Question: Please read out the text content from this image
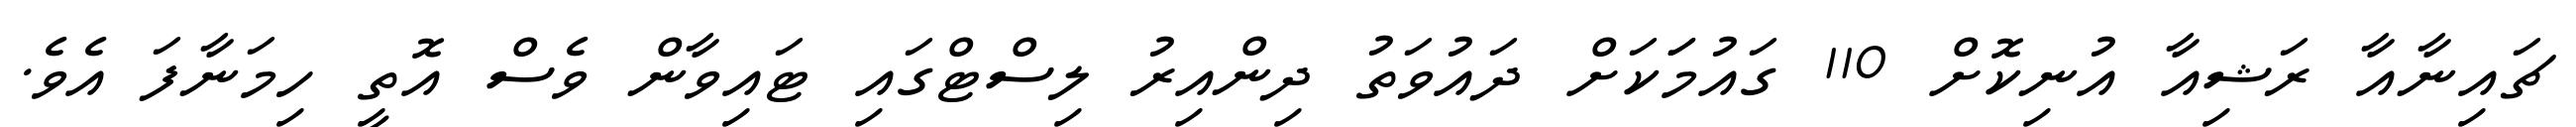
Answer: ޗައިނާއާ ރަޝިއާ އުނިކޮށް 110 ގައުމަަކަށް ދައުވަތު ދިންއިރު ލިސްޓްގައި ޓައިވާން ވެސް އޮތީ ހިމަނާފަ އެވެ.